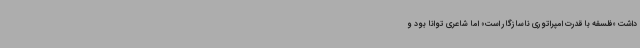
داشت «فلسفه با قدرت امپراتوری ناسازگار است» اما شاعری توانا بود و